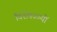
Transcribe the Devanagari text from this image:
विशेषज्ञ्यों